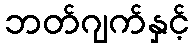
ဘတ်ဂျက်နှင့်